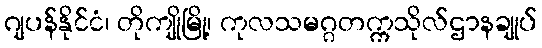
ဂျပန်နိုင်ငံ၊ တိုကျိုမြို့၊ ကုလသမဂ္ဂတက္ကသိုလ်ဌာနချုပ်